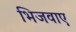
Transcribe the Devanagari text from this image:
भिजवाए